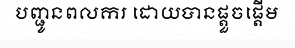
បញ្ជូនពលករ ដោយបានផ្តួចផ្តើម